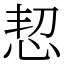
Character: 恝